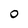
Character: 0